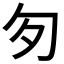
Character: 匇